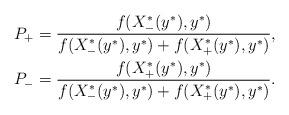
LaTeX: \begin{align*}& P_+ = \frac{ f(X_-^*(y^*),y^*)}{f(X_-^*(y^*),y^*) + f(X_+^*(y^*),y^*)},\\ & P_- = \frac{ f(X_+^*(y^*),y^*)}{f(X_-^*(y^*),y^*) + f(X_+^*(y^*),y^*)}.\end{align*}